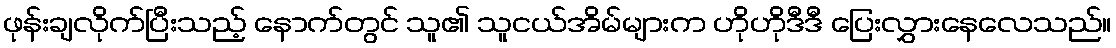
ဖုန်းချလိုက်ပြီးသည့် နောက်တွင် သူ၏ သူငယ်အိမ်များက ဟိုဟိုဒီဒီ ပြေးလွှားနေလေသည်။